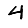
Digit: 4